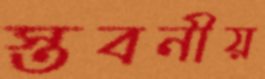
স্তবনীয়